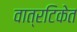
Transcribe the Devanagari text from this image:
वात्रटिकेत